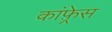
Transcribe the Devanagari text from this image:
कांफ़्रेस